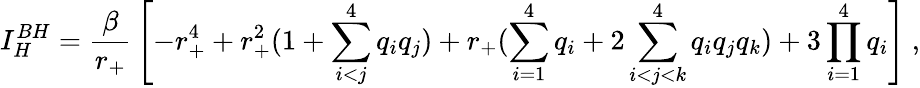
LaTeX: I_{H}^{BH}={\frac{\beta}{r_{+}}}\left[-r_{+}^{4}+r_{+}^{2}(1+\sum_{i<j}^{4}q_{i}q_{j})+r_{+}(\sum_{i=1}^{4}q_{i}+2\sum_{i<j<k}^{4}q_{i}q_{j}q_{k})+3\prod_{i=1}^{4}q_{i}\right]\ ,